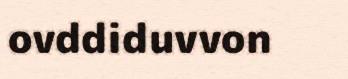
ovddiduvvon